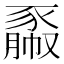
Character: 𧱯